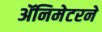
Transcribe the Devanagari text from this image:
ॲनिमेटरने